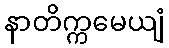
နာတိက္ကမေယျံ